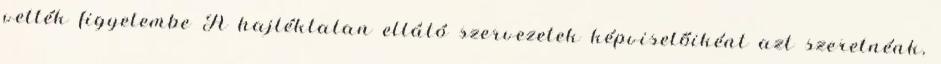
vették figyelembe A hajléktalan ellátó szervezetek képviselőiként azt szeretnénk,